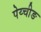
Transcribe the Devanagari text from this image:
पेय्चीङ